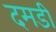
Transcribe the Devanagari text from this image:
दमडी